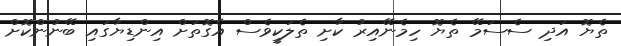
ތެޔޮ އަދި ސެސަމޭ ތެޔޮ ހިމެނޭއިރު ކާށި ތެލަކީވެސް އެގޮތަށް އިންޑިޔާގައި ބޭނުންކޮށް